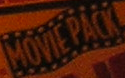
MOVIE PACK